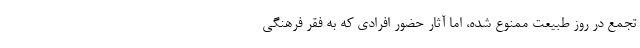
تجمع در روز طبیعت ممنوع شده، اما آثار حضور افرادی که به فقر فرهنگی